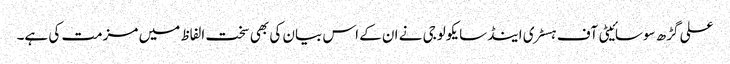
علی گڑھ سوسائیٹی آف ہسٹری اینڈسایکولوجی نے ان کے اس بیان کی بھی سخت الفاظ میں مزمت کی ہے۔